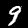
Digit: 9